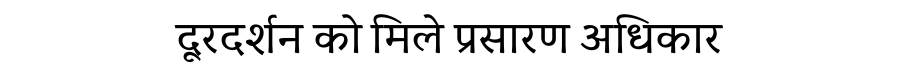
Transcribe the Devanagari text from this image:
दूरदर्शन को मिले प्रसारण अधिकार